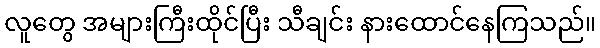
လူတွေ အများကြီးထိုင်ပြီး သီချင်း နားထောင်နေကြသည်။